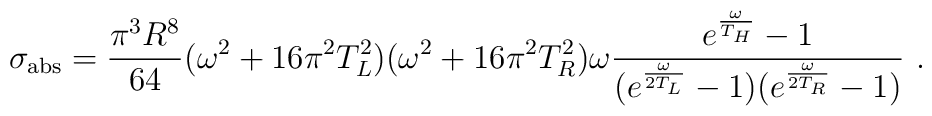
\sigma_{\rm abs} = {\pi^3R^8\over 64}(\omega^2+16\pi^2T_L^2)(\omega^2+16\pi^2T_R^2)\omega{e^{\omega\over T_H}-1 \over (e^{\omega\over 2T_L}-1)(e^{\omega\over 2T_R}-1)} \ .